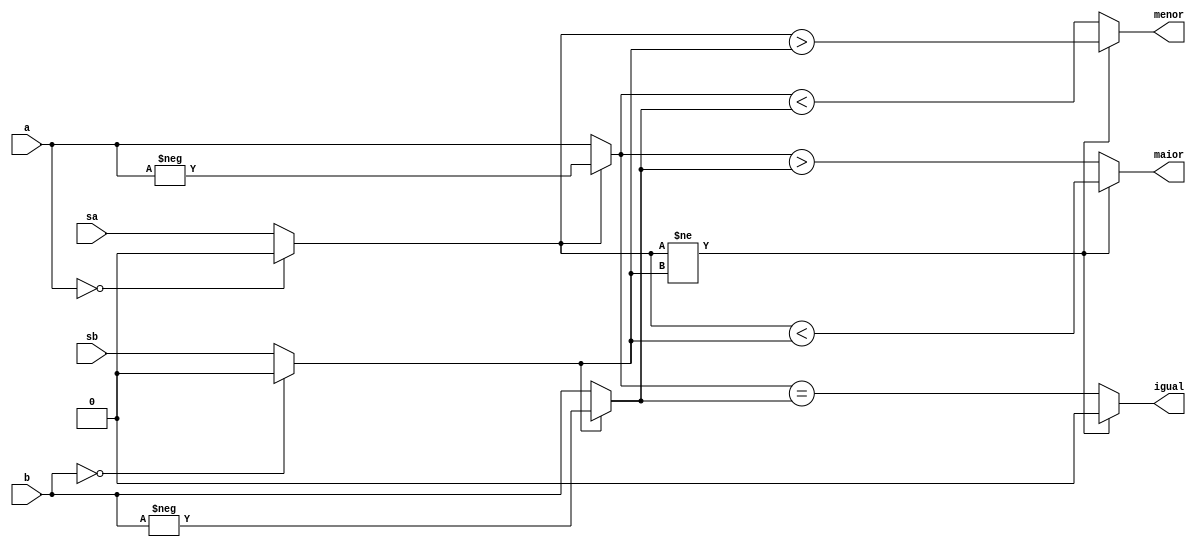
module comparador(
	input [3:0] a,
	input [3:0] b,
	input sa, 
	input sb,
	
	output reg igual,
	output reg maior,
	output reg menor
);

reg novo_sa, novo_sb;
reg [3:0] novo_a, novo_b;

always @(*) begin

	novo_sa = (a == 0) ? 0 : sa;
	novo_sb = (b == 0) ? 0 : sb;
	
	novo_a = novo_sa ? -a : a;
	novo_b = novo_sb ? -b : b;
	
	//sinal diferente
	if (novo_sa != novo_sb) begin
		igual = 0;
		maior = novo_sa < novo_sb;
		menor = novo_sa > novo_sb;
	end else begin
		igual = (novo_a == novo_b);
		maior = (novo_a > novo_b);
		menor = (novo_a < novo_b);
	end
	

end


endmodule